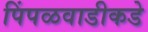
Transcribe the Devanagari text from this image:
पिंपळवाडीकडे